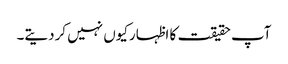
آپ حقیقت کا اظہارکیوں نہیں کردیتے۔